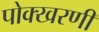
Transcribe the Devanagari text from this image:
पोक्खरणी